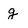
Character: g